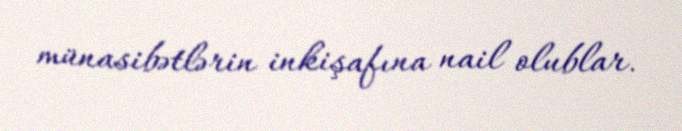
münasibətlərin inkişafına nail olublar.